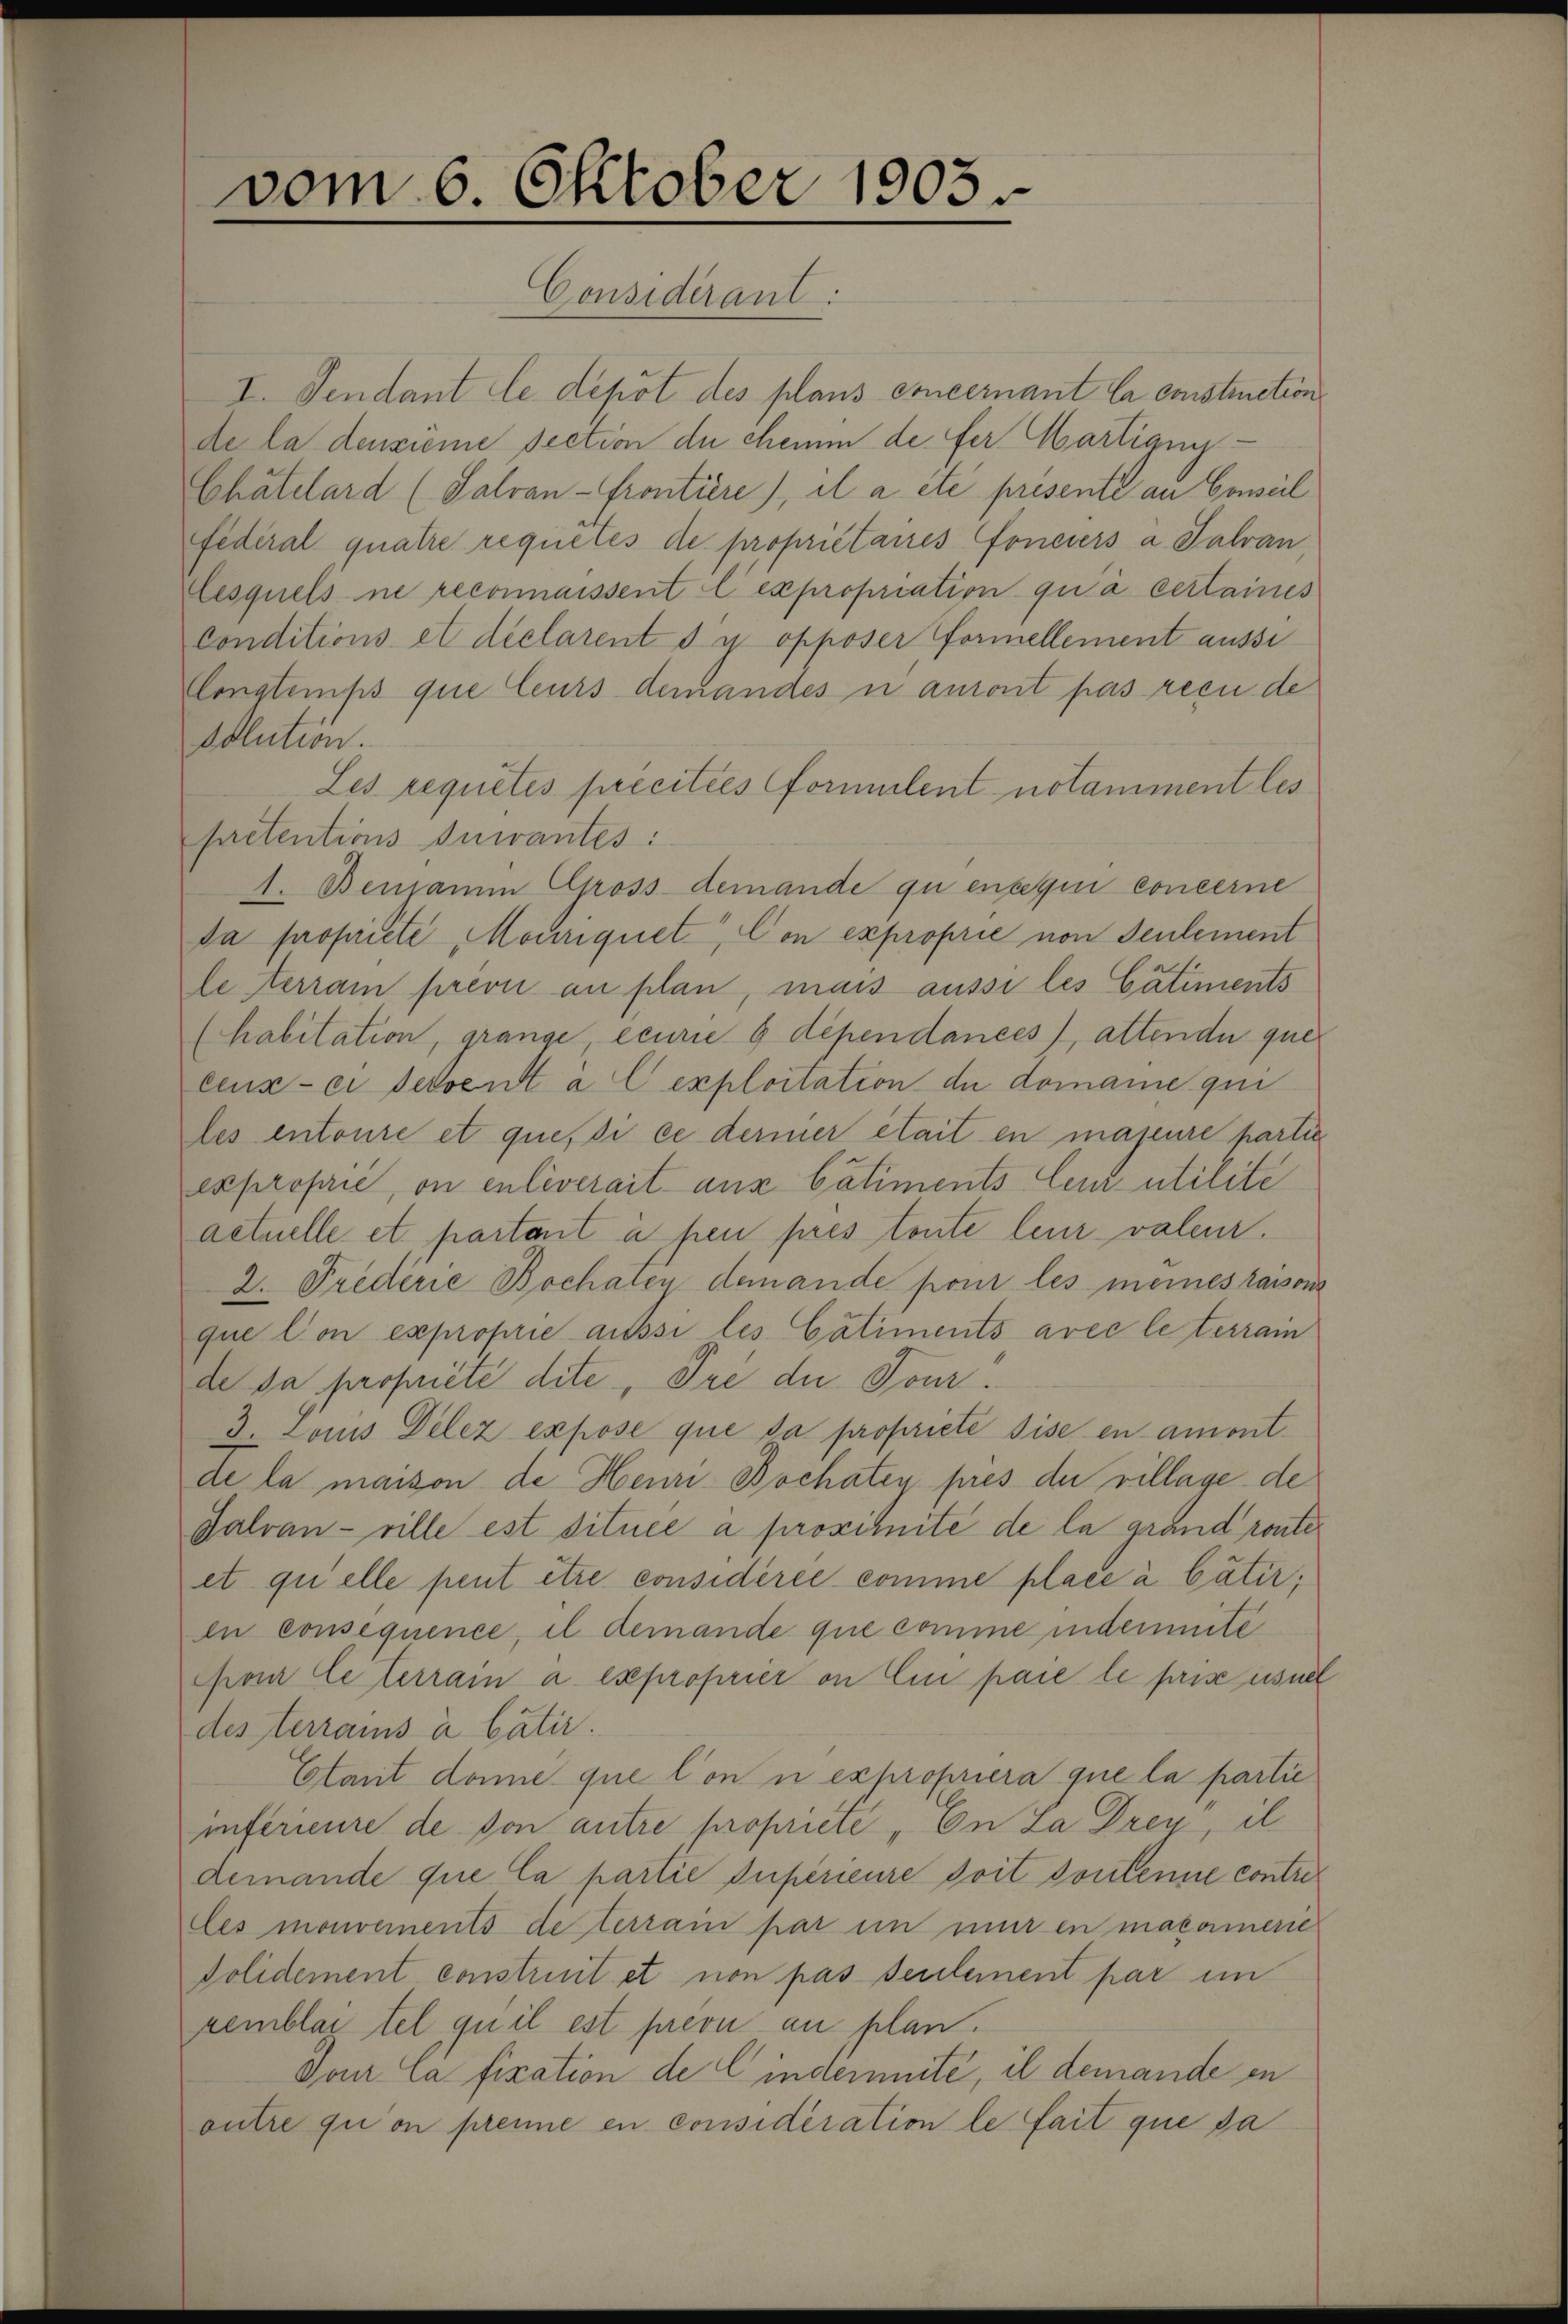
vom 6. Oktober 1903.
Considerant.

I. Sendant le depot des plans concernant la construction
de la denköme section du chemm de fer Martigny-
Chatelard (Salvan -Grontiere), il a été présente an Conseil
Federal quatre requetes de propriétaires Fonciers a Talvan,
Eesquels ne reconnaissent lexpropriation qu’à certaines
Conditions et déclarent du opposer Formellement aussi
Constemps que leurs demandes u ansont pas reçu de
Oolution.
Les requités precitées formulent notamment les
pretentions Inwantes:
1. Benjamin Gross-demande qui en qui concerne
da propriete Mouriquet, Con exproprie von Seulement
le terrain prevu au plan, mais aussi les Catiments
(habitation, grange, ecurie 6 dependances), attende quer
ceux-ci servent a C exploitation du domanie qui
les entoure et quesi ce dermier était en majeure partie
exproprie, on enlèverait aus Caliments leur utilite
actuelle et partant à pen pres toute leur valeur.
2. Prederie Bochaten demande pour les meines raison
que l’on exproprie aussi les Catiments avec le terram
de sa propriete dite, Pre du Tour
3. Louis Delez expose que da proprieté dise en amont.
de la maison de Henri Bochatey pres der village de
Jalvan - ville est située à proximité de la grand route
et quelle peut être considérée comme place à Cätirin consequence, il demande que comme indemnité
Chan Ce terrain a. expropries on Ein pare le prise iesner
des terrains à Cätir.
Etant donne que lon u expropriera que la partie
inférieure de von antre propriete „En Za Drey, il
demande que la partie supérieure doit contenne contreles monvements de terrain par im mir en macamere
Polidement construit et non pas seulement par im
remblag tel qu’il est prevu au plan.
Dour la fixation de C indemnité, il demande in
outre qui on prenne en considération le fait que da